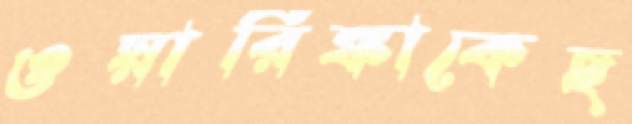
ওয়ারিঙ্কাকেছ